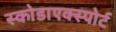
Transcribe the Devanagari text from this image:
स्कोडाएक्स्पोर्ट